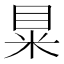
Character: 𥅼